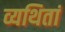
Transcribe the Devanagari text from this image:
व्यथितां